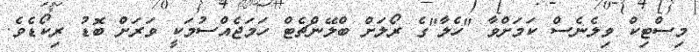
މިސްޓިކް ވިލެނެސް ކަމަށްވާ "ހެލާ"ގެ ރޯލަށް ބްލޭންޗެޓް ހަމަޖެއްސުމަކީ ވަރަށް ބޮޑު ރިކޯޑެވެ.